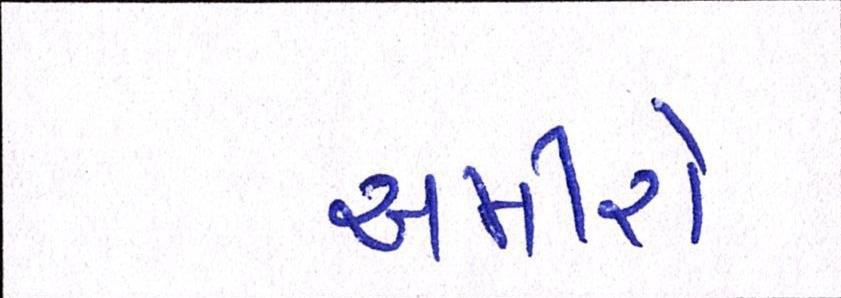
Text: અમીરો